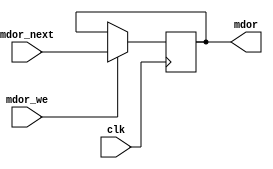
module mdor(clk, mdor_we, mdor_next, mdor);
    input clk;
    input mdor_we;
    input [31:0] mdor_next;
    output reg [31:0] mdor;
  always @(posedge clk) begin
    if (mdor_we == 1) begin
      mdor <= mdor_next;
    end
  end
endmodule